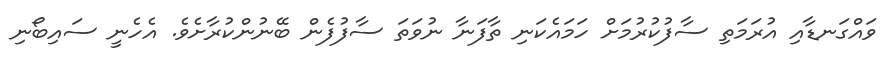
ވައްގަނޑާއި އުރަމަތި ސާފުކުރުމަށް ހަމައެކަނި ތާފަނާ ނުވަތަ ސާފުފެން ބޭނުންކުރާށެވެ. އެހެނީ ސައިބޯނި